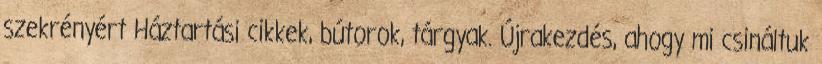
szekrényért Háztartási cikkek, bútorok, tárgyak. Újrakezdés, ahogy mi csináltuk